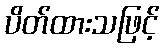
ပိတ်ထားသဖြင့်